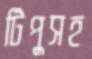
টিপুসহ